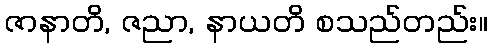
ဇာနာတိ, ဇညာ, နာယတိ စသည်တည်း။